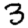
Digit: 3